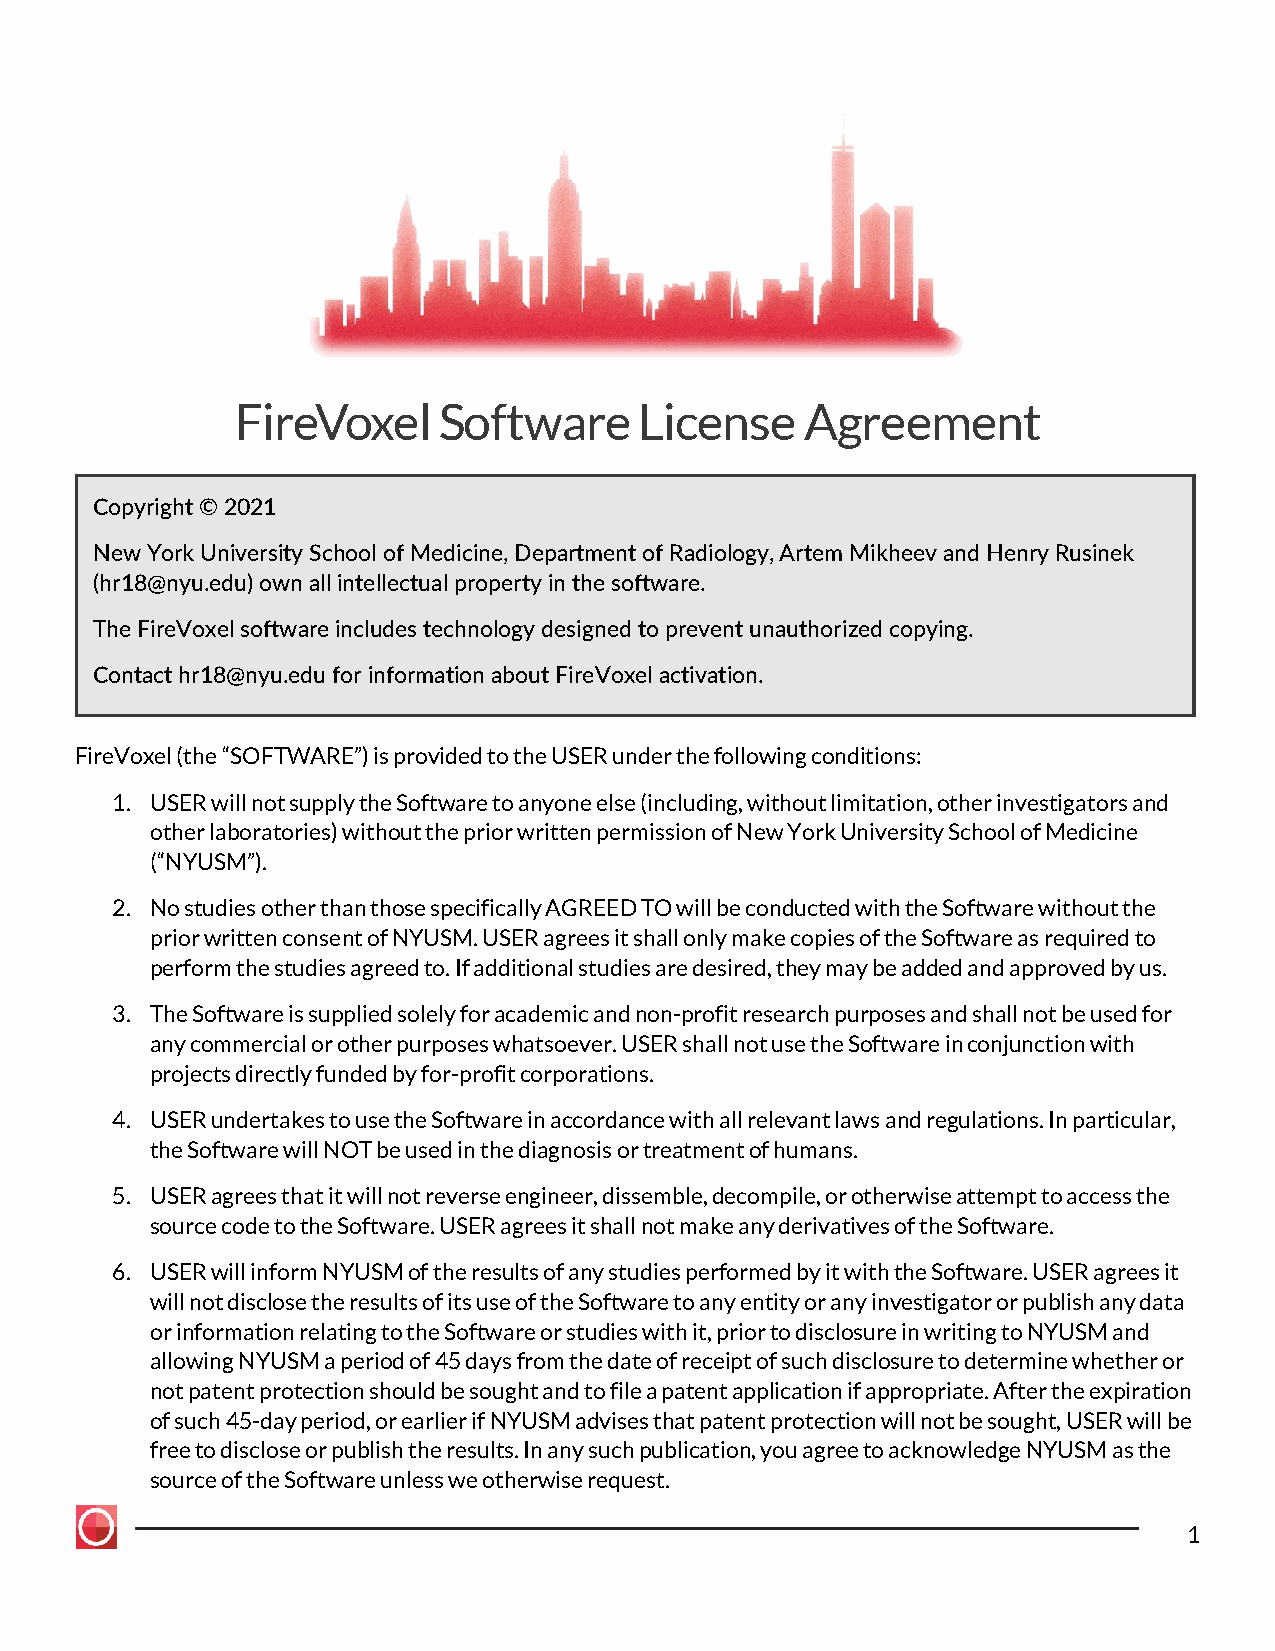
FireVoxel    Software     License    Agreement
 Copyright © 2021
 New York University School of Medicine, Department of Radiology, Artem Mikheev and Henry Rusinek
 (hr18@nyu.edu) own all intellectual property in the software.
 The FireVoxel software includes technology designed to prevent unauthorized copying.
 Contact hr18@nyu.edu for information about FireVoxel activation.
 FireVoxel (the “SOFTWARE”) is provided to the USER under the following conditions:
 1. USER will not supply the Software to anyone else (including, without limitation, other investigators and
 other laboratories) without the prior written permission of New York University School of Medicine
 (“NYUSM”).
 2. No studies other than those specifically AGREED TO will be conducted with the Software without the
 prior written consent of NYUSM. USER agrees it shall only make copies of the Software as required to
 perform the studies agreed to. If additional studies are desired, they may be added and approved by us.
 3. The Software is supplied solely for academic and non-profit research purposes and shall not be used for
 any commercial or other purposes whatsoever. USER shall not use the Software in conjunction with
 projects directly funded by for-profit corporations.
 4. USER undertakes to use the Software in accordance with all relevant laws and regulations. In particular,
 the Software will NOT be used in the diagnosis or treatment of humans.
 5. USER agrees that it will not reverse engineer, dissemble, decompile, or otherwise attempt to access the
 source code to the Software. USER agrees it shall not make any derivatives of the Software.
 6. USER will inform NYUSM of the results of any studies performed by it with the Software. USER agrees it
 will not disclose the results of its use of the Software to any entity or any investigator or publish any data
 or information relating to the Software or studies with it, prior to disclosure in writing to NYUSM and
 allowing NYUSM a period of 45 days from the date of receipt of such disclosure to determine whether or
 not patent protection should be sought and to file a patent application if appropriate. After the expiration
 of such 45-day period, or earlier if NYUSM advises that patent protection will not be sought, USER will be
 free to disclose or publish the results. In any such publication, you agree to acknowledge NYUSM as the
 source of the Software unless we otherwise request.
 1